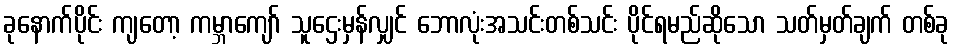
ခုနောက်ပိုင်း ကျတော့ ကမ္ဘာကျော် သူဌေးမှန်လျှင် ဘောလုံးအသင်းတစ်သင်း ပိုင်ရမည်ဆိုသော သတ်မှတ်ချက် တစ်ခု